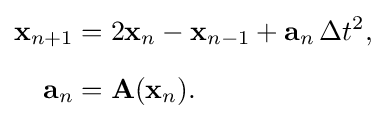
{\begin{aligned}\mathbf {x} _{n+1}&=2\mathbf {x} _{n}-\mathbf {x} _{n-1}+\mathbf {a} _{n}\,\Delta t^{2},\\[6pt]\mathbf {a} _{n}&=\mathbf {A} (\mathbf {x} _{n}).\end{aligned}}